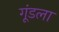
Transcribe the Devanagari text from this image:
गूंडला